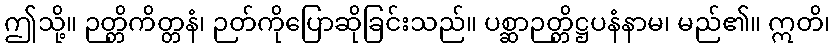
ဤသို့။ ဉတ္တိကိတ္တနံ၊ ဉတ်ကိုပြောဆိုခြင်းသည်။ ပစ္ဆာဉတ္တိဋ္ဌပနံနာမ၊ မည်၏။ ဣတိ၊